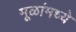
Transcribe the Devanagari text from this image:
मूळांमध्ये